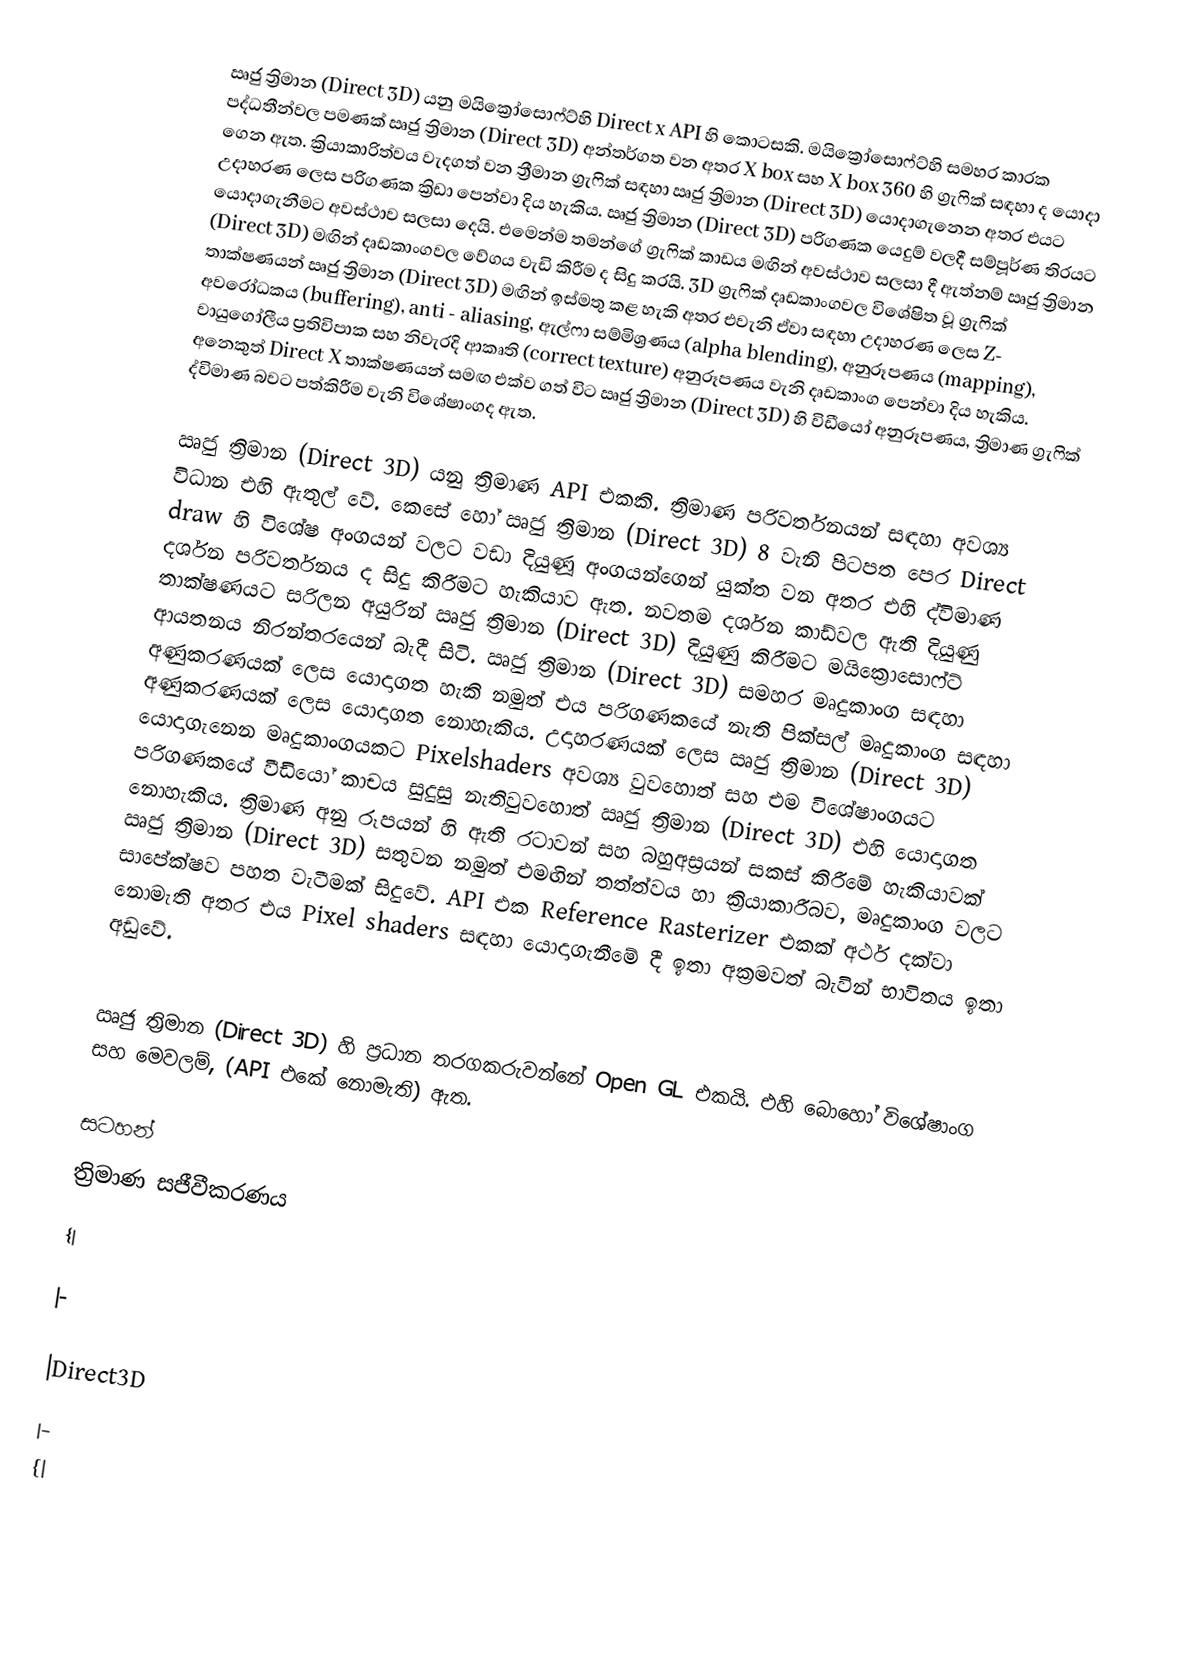
ඍජු ත්‍රිමාන (Direct 3D) යනු මයික්‍රෝසොෆ්ට්හි  Direct x API හි කොටසකි. මයික්‍රෝසොෆ්ට්හි සමහර කාරක පද්ධතීන්වල පමණක් ඍජු ත්‍රිමාන (Direct 3D) අන්තර්ගත වන අතර   X box සහ X box 360 හි ග්‍රැෆික් සඳහා  ද යොදා ගෙන ඇත. ක්‍රියාකාරිත්වය වැදගත් වන ත්‍රීමාන ග්‍රැෆික් සඳහා  ඍජු ත්‍රිමාන (Direct 3D) යොදා‍ගැනෙන අතර එයට උදාහරණ ලෙස පරිගණක ක්‍රිඩා පෙන්වා දිය හැකිය.  ඍජු ත්‍රිමාන (Direct 3D) පරිගණක යෙදුම්  වලදී සම්පූර්ණ තිරයට යොදාගැනීමට අවස්ථාව සලසා දෙයි. එමෙන්ම තමන්ගේ ග්‍රැෆික් කාඩය මඟින් අවස්ථාව සලසා දී ඇත්නම් ඍජු ත්‍රිමාන (Direct 3D) මඟින් දෘඩකාංගවල වේගය වැඩි කිරීම ද සිදු කරයි. 3D ග්‍රැෆික් දෘඩකාංගවල  විශේෂිත වූ ග්‍රැෆික් තාක්ෂණයන් ඍජු ත්‍රිමාන (Direct 3D) මඟින් ඉස්මතු කළ හැකි අතර එවැනි ඒවා සඳහා උදාහරණ ලෙ‍ස  Z- අවරෝධකය (buffering), anti - aliasing, ඇල්ෆා සම්මිශ්‍රණය (alpha blending), අනුරූපණය (mapping), වායුගෝලීය ප්‍රතිවිපාක සහ නිවැරදි ආකෘති (correct texture) අනුරූපණය වැනි දෘඩකාංග පෙන්වා දිය හැකිය. අනෙකුත්  Direct X තාක්ෂණයන් සමඟ එක්ව  ගත් විට  ඍජු ත්‍රිමාන (Direct 3D) හි විඩීයෝ අනුරූපණය, ත්‍රිමාණ ග්‍රැ‍ෆික් ද්විමාණ බවට පත්කිරීම වැනි විශේෂාංගද ඇත.

ඍජු ත්‍රිමාන (Direct 3D) යනු ත්‍රිමාණ API එකකි. ත්‍රිමාණ පරිවර්තනයන් සඳහා අවශ්‍ය විධාන එහි ඇතුල් වේ. කෙසේ හෝ  ඍජු ත්‍රිමාන (Direct 3D) 8 වැනි පිටපත පෙර  Direct draw හි විශේෂ අංගයන් වලට වඩා දියුණූ අංගයන්ගෙන් යුක්ත වන අතර එහි ද්විමාණ දර්ශන පරිවර්තනය ද සිදු කිරීමට හැකියාව  ඇත.  නවතම දර්ශන කාඩ්වල ඇති දියුණු තාක්ෂණයට සරිලන  අයුරින් ඍජු ත්‍රිමාන (Direct 3D) දියුණු කිරීමට මයික්‍රොසො‍ෆ්ට් ආයතනය නිරන්තරයෙන්  බැදී සිටි.  ඍජු ත්‍රිමාන (Direct 3D) සමහර  මෘදුකාංග සඳහා අණුකරණයක් ලෙස යොදාගත හැකි නමුත් එය පරිගණකයේ නැති පික්සල් මෘදුකාංග සඳහා අණුකරණයක් ලෙස යොදාගත නොහැකිය. උදාහරණයක් ලෙස ඍජු ත්‍රිමාන (Direct 3D) යොදාගැනෙන මෘදුකාංගයකට  Pixelshaders අවශ්‍ය වුවහොත් සහ එම විශේෂාංගයට පරිගණකයේ වීඩියෝ කාචය සුදුසු නැතිවුවහොත් ඍජු ත්‍රිමාන (Direct 3D) එහි යොදාගත නොහැකිය. ත්‍රිමාණ අනු රූපයන් හි ඇති රටාවන් සහ බහුඅස්‍රයන් සකස් කිරීමේ හැකියාවක්  ඍජු ත්‍රිමාන (Direct 3D) සතුවන නමුත්  එමඟින් තත්ත්වය හා ක්‍රියාකාරීබව, මෘදුකාංග වලට සාපේක්ෂව පහත වැටීමක් සිදුවේ. API  එක Reference Rasterizer එකක් අර්ථ දක්වා නොමැති අතර එය  Pixel shaders සඳහා යොදාගැනීමේ දී ඉතා අක්‍රමවත් බැවින් භාවිතය ඉතා අඩුවේ.

ඍජු ත්‍රිමාන (Direct 3D) හි ප්‍රධාන තරගකරුවන්නේ Open GL එකයි. එහි බොහෝ විශේෂාංග සහ මෙවලම්, (API එකේ නොමැති) ඇත.

සටහන්
ත්‍රිමාණ සජීවීකරණය
{|

|-

|Direct3D
|-
{|